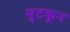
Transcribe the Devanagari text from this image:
मुटकून